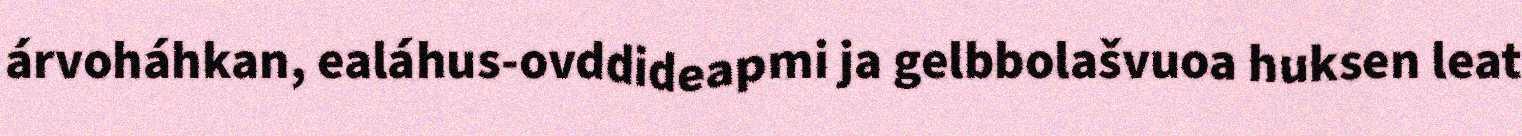
árvoháhkan, ealáhus-ovddideapmi ja gelbbolašvuoa huksen leat